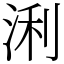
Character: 浰